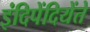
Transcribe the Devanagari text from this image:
इंदिपेंदियेंते